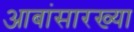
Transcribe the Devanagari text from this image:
आबांसारख्या